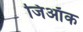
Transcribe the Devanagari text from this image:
जिऑक